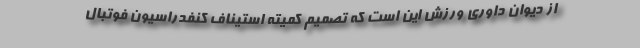
از دیوان داوری ورزش این است که تصمیم کمیته استیناف کنفدراسیون فوتبال